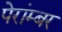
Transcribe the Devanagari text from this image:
पेरांम्बर